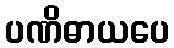
ပဏိဓာယပေ